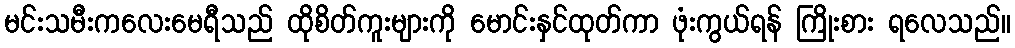
မင်းသမီးကလေးမေရီသည် ထိုစိတ်ကူးများကို မောင်းနှင်ထုတ်ကာ ဖုံးကွယ်ရန် ကြိုးစား ရလေသည်။